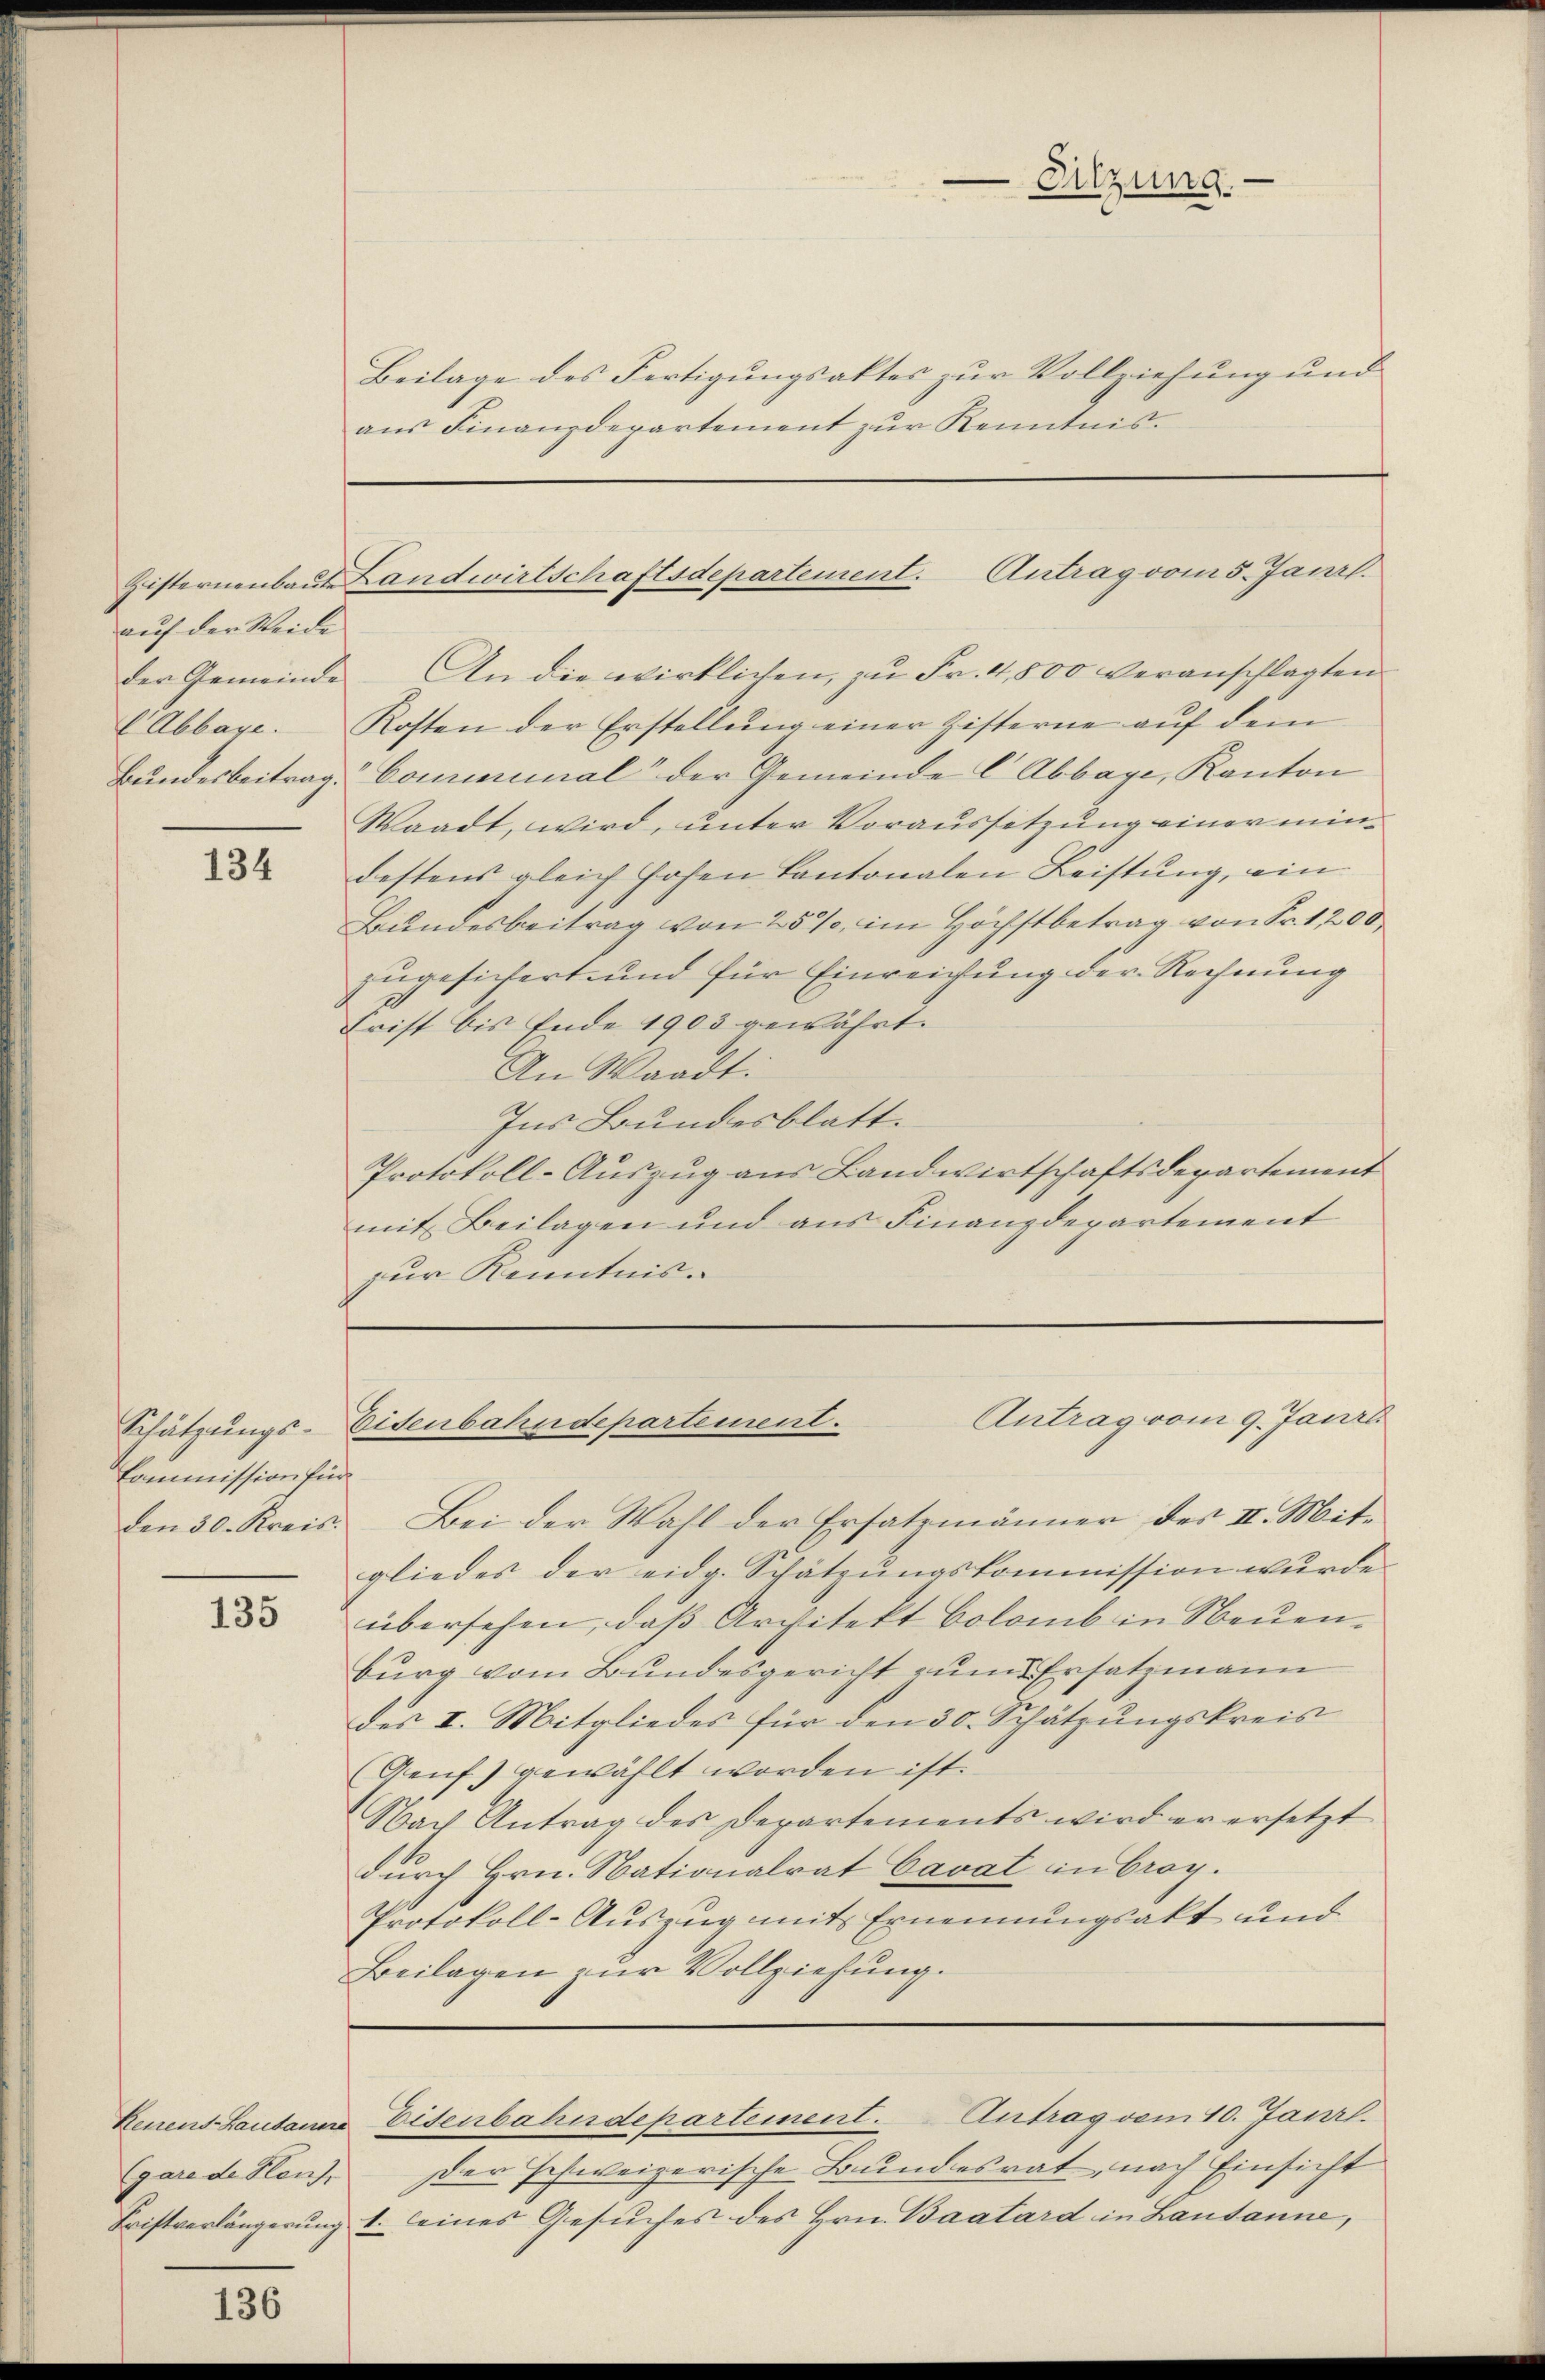
auf der Seide

134

135

136

Schätzungs-
Commission für

Reiens-Lausanne
(gare de Heus

Beilage des Fertigungsaktes zur Vollziehung und
aŭs Finanzdepartement zŭr Kenntnis.

-Sitzung.

Zisternenbaut Landwirtschaftsdepartement. Antrag vom 5. Janzl

der Gemeinde. An die wirklichen, zŭ Fr. 4,800 veranschlagten
(Abbaye. Kosten der Erstellung einer Zisterne auf dem
Bundesbeitrag: Comiminal der Gemeinde C Abbage, Kanton
Waadt, wird, unter Voraussetzung einer mindestens gleich hohen Kantonalen Leistung, ein
Bundesbeitrag von 25%, im Höchstbetrag von Fr. 1200,
zugesichert, und für Einreichung der Rechnung
Frist bis Ende 1903 gewährt.
An Waadt:
Ins Bundesblatt.
Protokoll-Auszug aus Landwirtschaftsdepartement
mit Beilagen und aus Finanzdepartement
zur Kenntnis.

den 30. Kreis. Bei der Wahl der Ersatzmänner des II. Mit-
gliedes der eidg. Schätzŭngskommission wurde
übersehen, daß Architekt Colomb in Neuen-
burg vom Bundesgericht zum Ersatzmann
des I. Mitgliedes für den 30. Schätzungskreis
Genf) gewählt worden ist.
Nach Antrag des Departements wird er ersetzt
durch Hrn. Nationalrat Cavat in broy.
Protokoll-Auszug mit Ernennungsakt und
Beilagen zur Vollziehung.

Antrag vom 9. Janil
Eidenbahndepartement.

der schweizerische Bundesrat, nach Einsicht
Fristverlängerung 1. seines Gesuches des Hrn. Baatard in Lausanne,

Eisenbahndepartement. Antrag vom 10. Janrl.